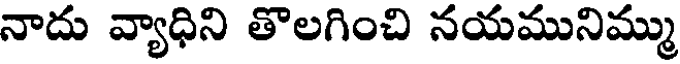
నాదు వ్యాధిని తొలగించి నయమునిమ్ము